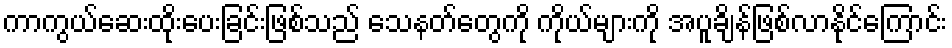
ကာကွယ်ဆေးထိုးပေးခြင်းဖြစ်သည် သေနတ်တွေကို ကိုယ်များကို အပူချိန်ဖြစ်လာနိုင်ကြောင်း